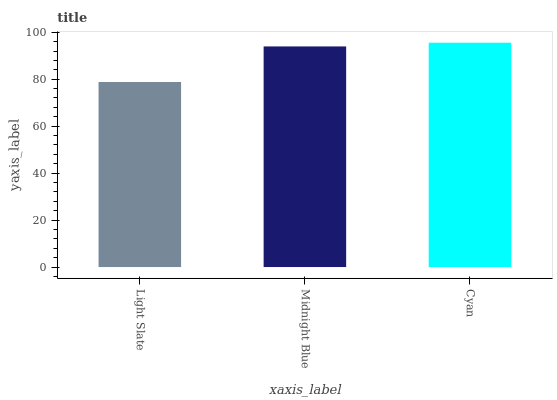
| xaxis_label | bars |
 | --- | --- |
 | Light Slate | 78.8 |
 | Midnight Blue | 94 |
 | Cyan | 95.5 |